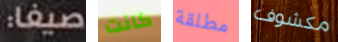
صيفا: كانت مطلقة مكشوف